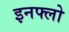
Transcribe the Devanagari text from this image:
इनफ्लो